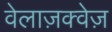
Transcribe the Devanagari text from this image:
वेलाज़क्वेज़